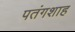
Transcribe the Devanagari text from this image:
पतंगशाह